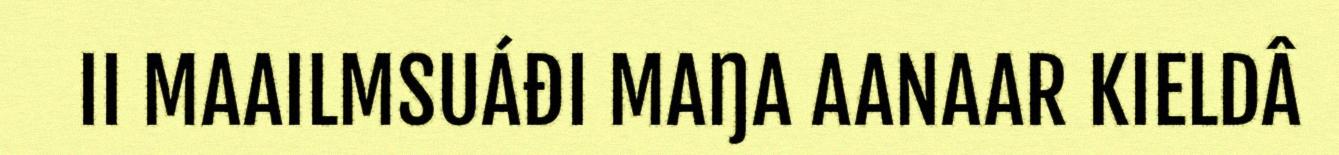
II MAAILMSUÁĐI MAŊA AANAAR KIELDÂ